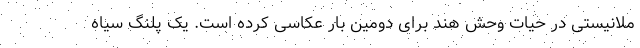
ملانیستی در حیات وحش هند برای دومین بار عکاسی کرده است. یک پلنگ سیاه